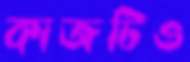
কাজটিও